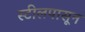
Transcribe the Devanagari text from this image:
स्टीलपासून